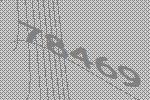
78469